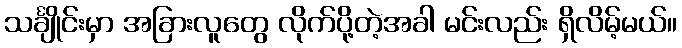
သင်္ချိုင်းမှာ အခြားလူတွေ လိုက်ပို့တဲ့အခါ မင်းလည်း ရှိလိမ့်မယ်။